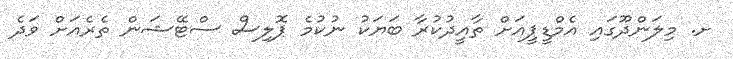
ށ. މިލަންދޫގައި އެމްޑީޕީއަށް ތާއީދުކުރާ ބަޔަކު ނުކުމެ ޕޮލިސް ސްޓޭޝަން ތެރެއަށް ވަދެ